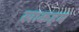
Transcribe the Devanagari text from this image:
खाकहम